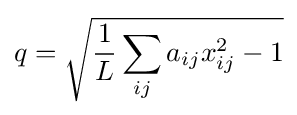
q={\sqrt {{\frac {1}{L}}\sum _{ij}a_{ij}x_{ij}^{2}-1}}